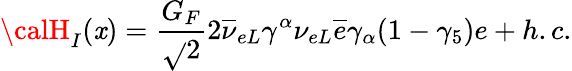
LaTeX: {\calH}_{I}(\mathit{x})=\frac{{G_{F}}}{{\sqrt{}{{2}}}}2\overline{{{{\nu}}}}_{{e}L}\gamma^{\alpha}\nu_{{e}L}\overline{{{{e}}}}\gamma_{\alpha}(1-\gamma_{5})e+h.c.